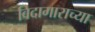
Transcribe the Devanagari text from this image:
विदागाराच्या